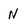
Character: N